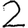
Digit: 2